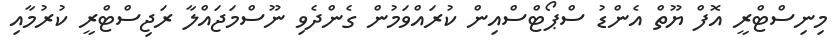
މިނިސްޓްރީ އޮފް ޔޫތް އެންޑު ސްޕޯޓްސްއިން ކުރައްވަމުން ގެންދެވި ނޫސްމަޖައްލާ ރަޖިސްޓްރީ ކުރުމާއި